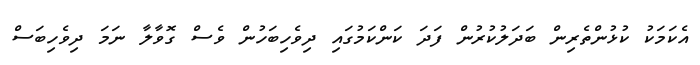
އެކަމަކު ކުޅުންތެރިން ބަދަލުކުރުން ފަދަ ކަންކަމުގައި ދިވެހިބަހުން ވެސް ގޮވާލާ ނަމަ ދިވެހިބަސް